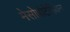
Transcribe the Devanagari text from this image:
मेसोपोटेमियन